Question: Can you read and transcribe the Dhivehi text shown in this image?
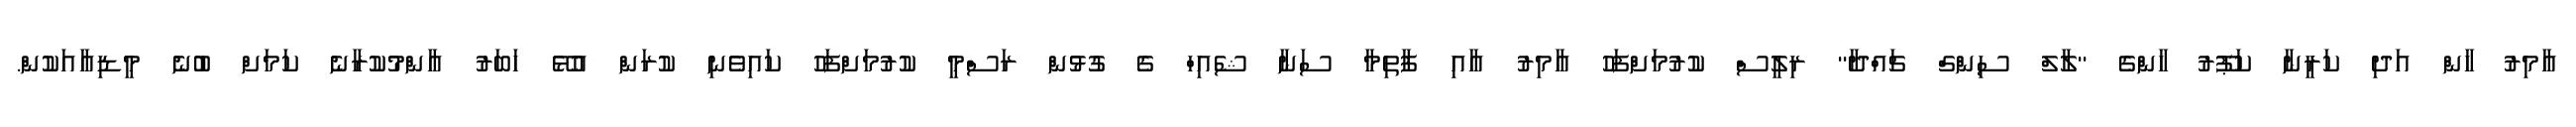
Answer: އާމިރު ހާން އަދި ކަރީނާ ކަޕޫރު ހާންގެ ''ލާލް ސިންގް ޗައްދާ'' ރިލީސް ކުރުމަށްފަހު އާމިރު އާއި ފާތިމާ ސަނާ ޝެއިހް ގެ ގުޅުން ރަސްމީ ކުރުމަށްފަހު ކައިވެނި ކުރަން އުޅޭ ހަބަރު އާންމުކުރާނެ ކަމަށް ބުނެ މީޑިއާއަކުން.